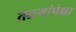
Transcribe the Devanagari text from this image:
तळ्यांपेक्षा